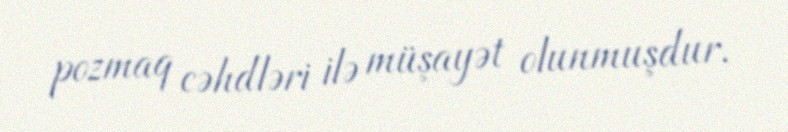
pozmaq cəhdləri ilə müşayət olunmuşdur.